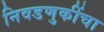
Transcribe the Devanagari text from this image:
निवडणुकींचा